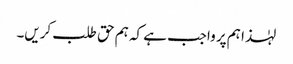
لہٰذا ہم پر واجب ہے کہ ہم حق طلب کریں۔